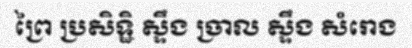
ព្រៃ ប្រសិទ្ឋិ ស្ទឹង ច្រាល ស្ទឹង សំរោង